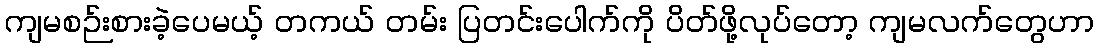
ကျမစဉ်းစားခဲ့ပေမယ့် တကယ် တမ်း ပြတင်းပေါက်ကို ပိတ်ဖို့လုပ်တော့ ကျမလက်တွေဟာ